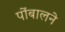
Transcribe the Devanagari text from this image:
पोंबालने